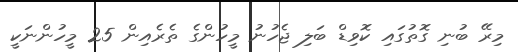
މިރޭ ބުނި ގޮތުގައި ކޮވިޑް ބަލި ޖެހުނު މީހުންގެ ތެރެއިން 25 މީހުންނަކީ